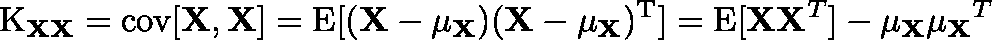
\operatorname { K } _ { \mathbf { X } \mathbf { X } } = \operatorname { c o v } [ \mathbf { X } , \mathbf { X } ] = \operatorname { E } [ ( \mathbf { X } - \mathbf { \mu _ { X } } ) ( \mathbf { X } - \mathbf { \mu _ { X } } ) ^ { \mathrm { { T } } } ] = \operatorname { E } [ \mathbf { X } \mathbf { X } ^ { T } ] - \mathbf { \mu _ { X } } \mathbf { \mu _ { X } } ^ { T }